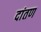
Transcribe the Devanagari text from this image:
दांतण